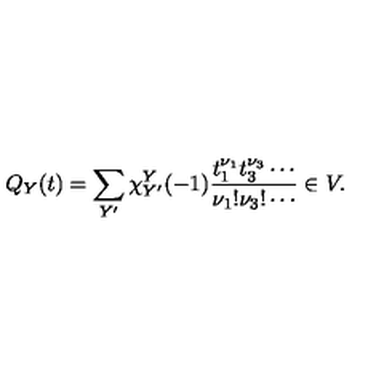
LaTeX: Q _ { Y } ( t ) = \sum _ { Y ^ { \prime } } \chi _ { Y ^ { \prime } } ^ { Y } ( - 1 ) \frac { t _ { 1 } ^ { \nu _ { 1 } } t _ { 3 } ^ { \nu _ { 3 } } \cdots } { \nu _ { 1 } ! \nu _ { 3 } ! \cdots } \in V .